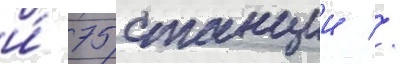
и́ 75 станции //